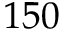
1 5 0